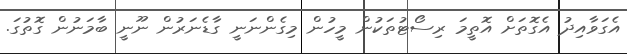
އެގަވާއިދު އެގޮތަށް އޮތީމަ ރިސޯޓުތަކުން މީހުން މިގެންނަނީ ގާޑެނަރުން ނޫނީ ބާމަނުން ގޮތުގަ.